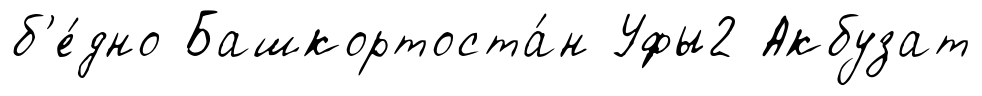
б'е́дно Башкортоста́н Уфы2 Акбузат